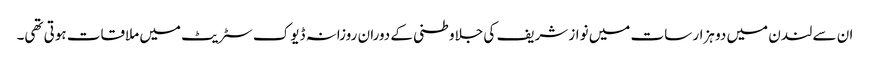
ان سے لندن میں دو ہزار سات میں نواز شریف کی جلاوطنی کے دوران روزانہ ڈیوک سٹریٹ میں ملاقات ہوتی تھی۔